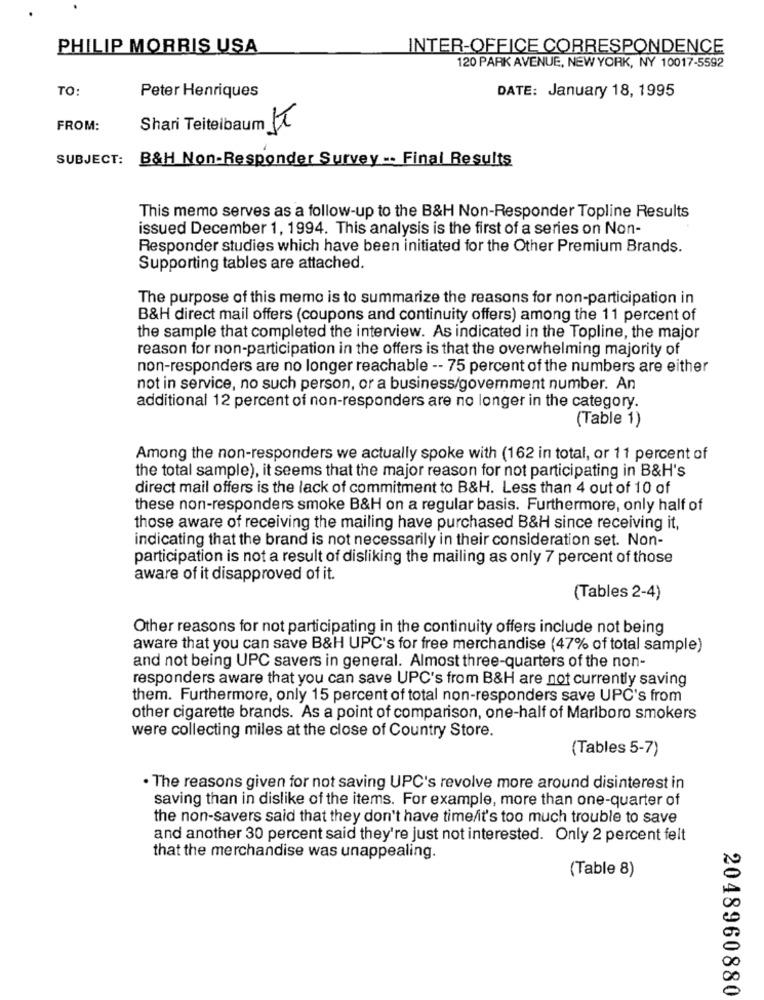
PHILIP MORRIS USA
INTER-OFFICE CORRESPONDENCE
120 PARK AVENUE, NEW YORK, NY 10017-5592
TO:
Peter Henriques
DATE: January 18, 1995
FROM:
Shari Teitelbaum It
SUBJECT: B&H Non-Responder Survey .. Final Results
This memo serves as a follow-up to the B&H Non-Responder Topline Results
issued December 1, 1994. This analysis is the first of a series on Non-
Responder studies which have been initiated for the Other Premium Brands.
Supporting tables are attached.
The purpose of this memo is to summarize the reasons for non-participation in
B&H direct mail offers (coupons and continuity offers) among the 11 percent of
the sample that completed the interview. As indicated in the Topline, the major
reason for non-participation in the offers is that the overwhelming majority of
non-responders are no longer reachable -- 75 percent of the numbers are either
not in service, no such person, or a business/government number. An
additional 12 percent of non-responders are no longer in the category.
(Table 1)
Among the non-responders we actually spoke with (162 in total, or 11 percent of
the total sample), it seems that the major reason for not participating in B&H's
direct mail offers is the lack of commitment to B&H. Less than 4 out of 10 of
these non-responders smoke B&H on a regular basis. Furthermore, only half of
those aware of receiving the mailing have purchased B&H since receiving it,
indicating that the brand is not necessarily in their consideration set. Non-
participation is not a result of disliking the mailing as only 7 percent of those
aware of it disapproved of it.
(Tables 2-4)
Other reasons for not participating in the continuity offers include not being
aware that you can save B&H UPC's for free merchandise (47% of total sample)
and not being UPC savers in general. Almost three-quarters of the non-
responders aware that you can save UPC's from B&H are not currently saving
them. Furthermore, only 15 percent of total non-responders save UPC's from
other cigarette brands. As a point of comparison, one-half of Marlboro smokers
were collecting miles at the close of Country Store.
(Tables 5-7)
· The reasons given for not saving UPC's revolve more around disinterest in
saving than in dislike of the items. For example, more than one-quarter of
the non-savers said that they don't have time/it's too much trouble to save
and another 30 percent said they're just not interested. Only 2 percent felt
that the merchandise was unappealing.
(Table 8)
2048960880